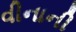
વીનાની